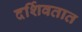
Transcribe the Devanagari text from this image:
दर्शिवतात